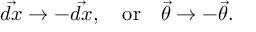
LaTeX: \vec { d x } \rightarrow - \vec { d x } , \quad \mathrm { o r } \quad \vec { \theta } \rightarrow - \vec { \theta } .